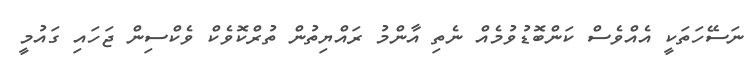
ނަސޭހަތަކީ އެއްވެސް ކަންބޮޑުވުމެއް ނެތި އާންމު ރައްޔިތުން ތުރްކޮވެކް ވެކްސިން ޖަހައި ގައުމީ